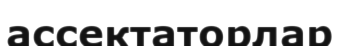
ассектаторлар